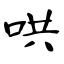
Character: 哄